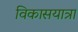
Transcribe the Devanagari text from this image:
विकासयात्रा